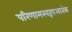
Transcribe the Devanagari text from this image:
परिणामस्वरूपआतंक